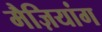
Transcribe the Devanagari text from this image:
मैज़ियांग